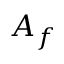
A _ { f }